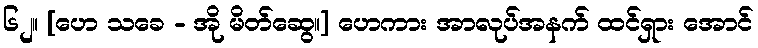
၆၂။ [ဟေ သခေ - အို မိတ်ဆွေ။] ဟေကား အာလုပ်အနက် ထင်ရှား အောင်